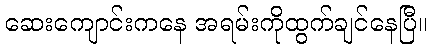
ဆေးကျောင်းကနေ အရမ်းကိုထွက်ချင်နေပြီ။